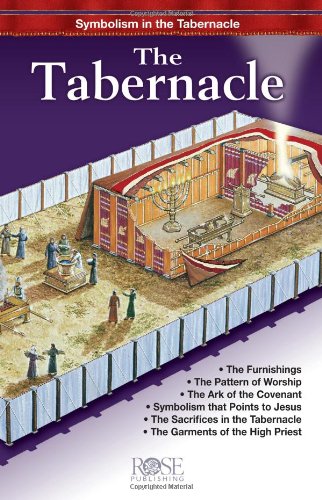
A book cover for Tabernacle pamphlet: Symbolism in the Tabernacle; Rose Publishing; Christian Books & Bibles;